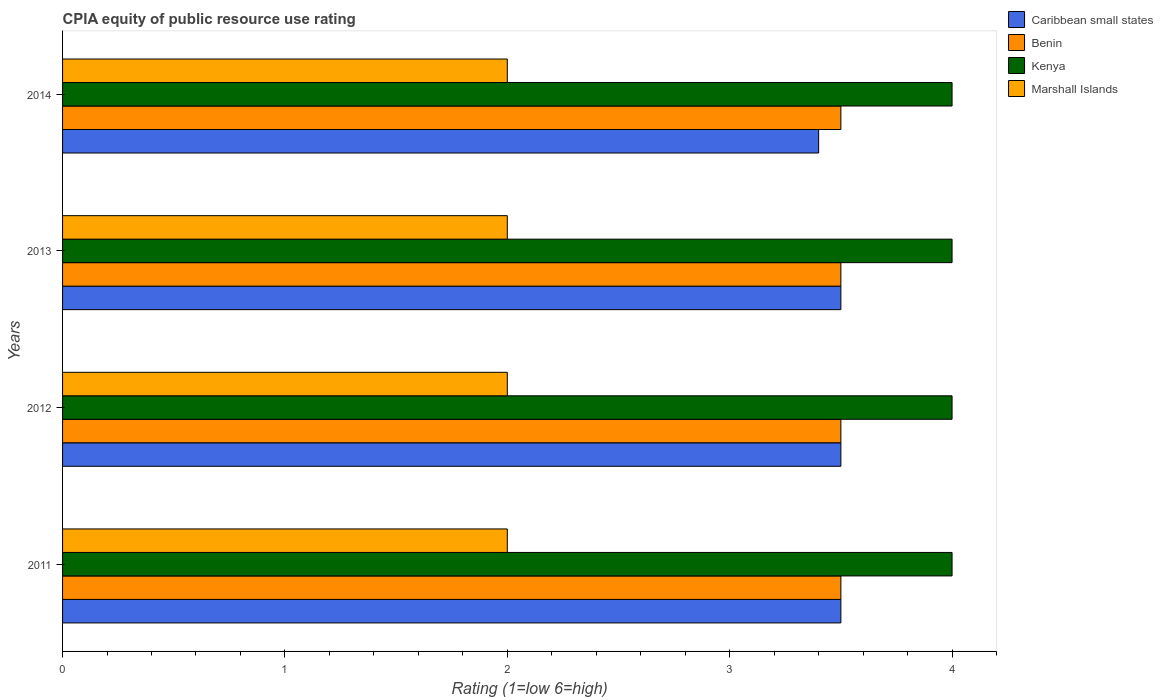
| Years | Caribbean small states | Benin | Kenya | Marshall Islands |
 | --- | --- | --- | --- | --- |
 | 2011 | 3.5 | 3.5 | 4 | 2 |
 | 2012 | 3.5 | 3.5 | 4 | 2 |
 | 2013 | 3.5 | 3.5 | 4 | 2 |
 | 2014 | 3.4 | 3.5 | 4 | 2 |